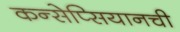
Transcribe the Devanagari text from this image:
कन्सेप्सियानची